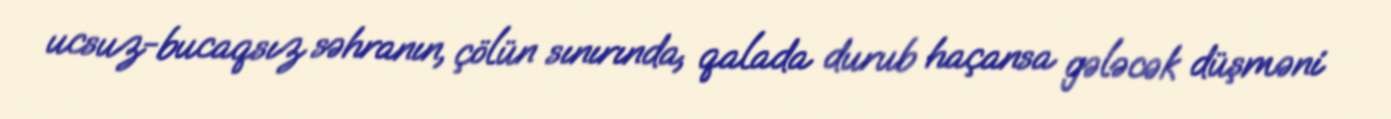
ucsuz-bucaqsız səhranın, çölün sınırında, qalada durub haçansa gələcək düşməni